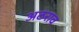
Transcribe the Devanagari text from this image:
अठराव